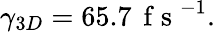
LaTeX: \gamma_{3D}=65.7\, \mathrm{~f~s~}^{-1}.